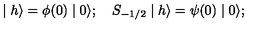
\mid h \rangle = \phi ( 0 ) \mid 0 \rangle ; \quad S _ { - 1 / 2 } \mid h \rangle = \psi ( 0 ) \mid 0 \rangle ;